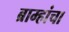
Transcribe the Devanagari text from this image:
ब्राम्हांचा